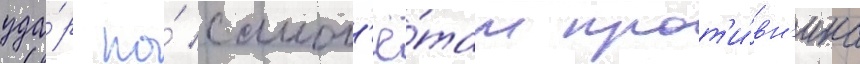
уда́р по́ самол'ё́там прот'и́вн'ика